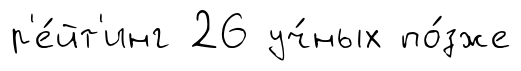
р'е́йт'инг 26 уч́ных по́зже